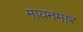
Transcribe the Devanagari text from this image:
मायनमार